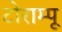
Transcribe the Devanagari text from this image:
टोराम्पू